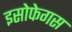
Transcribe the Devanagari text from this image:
इसोफेगस